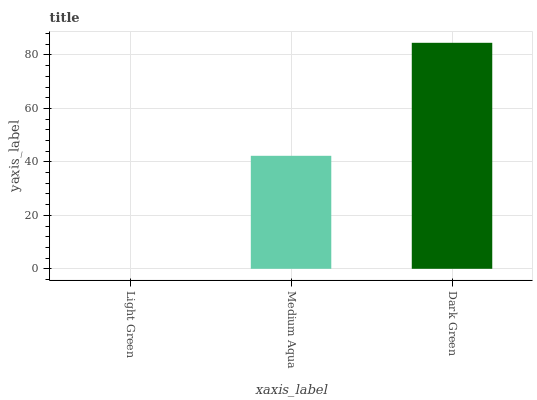
| xaxis_label | bars |
 | --- | --- |
 | Light Green | 0 |
 | Medium Aqua | 42.3 |
 | Dark Green | 84.6 |